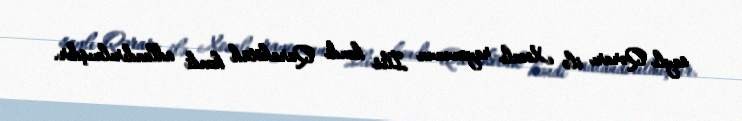
saylı Qərarı ilə Xocalı rayonunun İlis kəndi Qarakötük kəndi adlandırılmışdır.